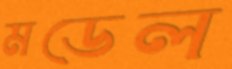
মডেল